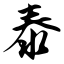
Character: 泰